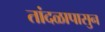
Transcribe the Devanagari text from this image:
तांदळापासुन